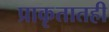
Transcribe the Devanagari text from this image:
प्राकृतातही